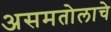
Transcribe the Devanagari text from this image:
असमतोलाचे